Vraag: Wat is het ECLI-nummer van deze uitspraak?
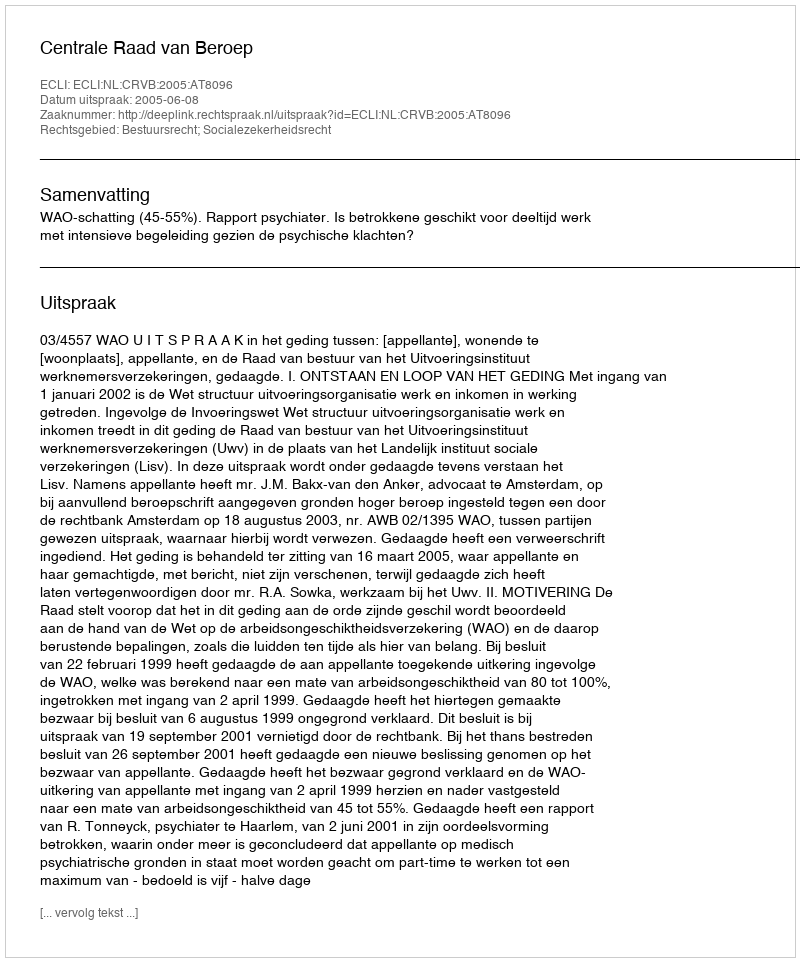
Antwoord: ECLI:NL:CRVB:2005:AT8096